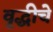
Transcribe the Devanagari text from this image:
वृद्धीचे